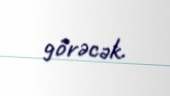
görəcək.